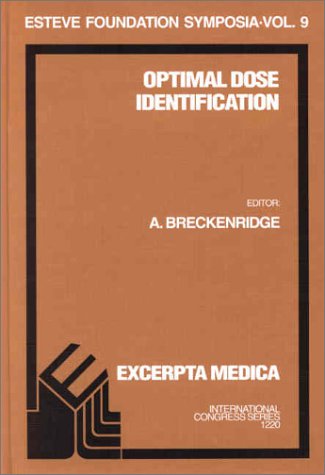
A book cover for Optimal Dose Identification: Proceedings of the Esteve Foundation Symposium IX, Lloret de Mar (Girona), Spain, 4-7 October 2000, ICS 1220, 1e (International Congress); Medical Books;